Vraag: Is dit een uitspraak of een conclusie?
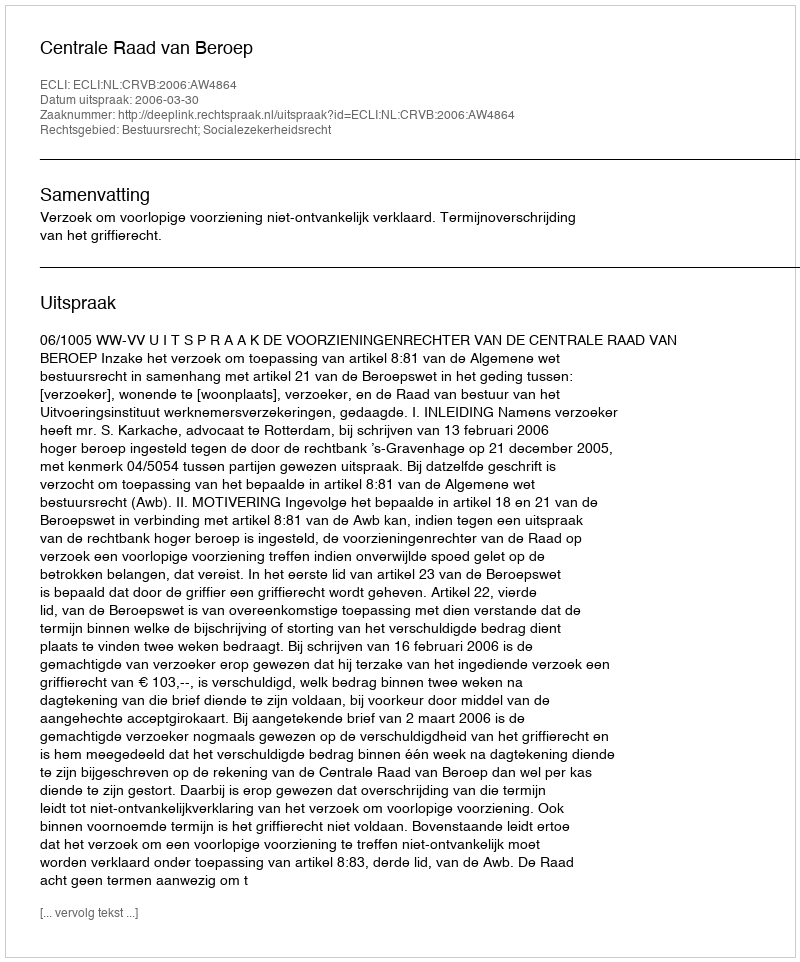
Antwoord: Uitspraak